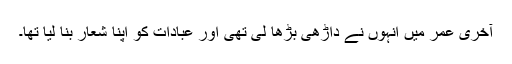
آخری عمر میں انہوں نے داڑھی بڑھا لی تھی اور عبادات کو اپنا شعار بنا لیا تھا۔